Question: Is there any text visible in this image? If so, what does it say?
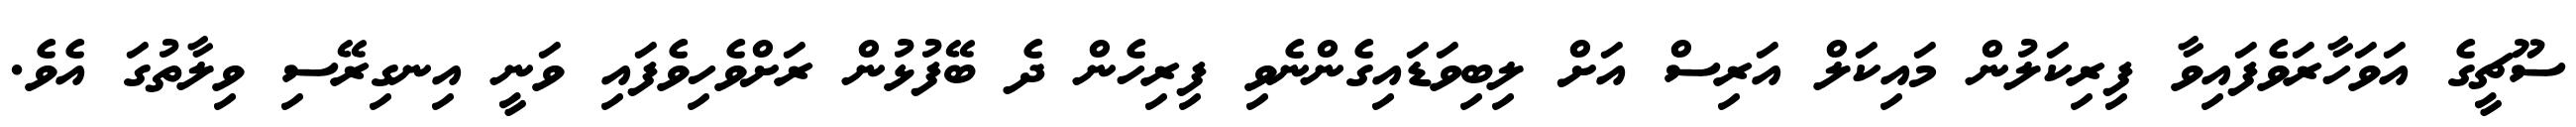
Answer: ސޫޗީގެ އަވަހާރަވެފައިވާ ފިރިކަލުން މައިކަލް އަރިސް އަށް ލިބިވަޑައިގެންނެވި ފިރިހެން ދެ ބޭފުޅުން ރަށްވެހިވެފައި ވަނީ އިނގިރޭސި ވިލާތުގަ އެވެ.